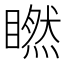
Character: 𥊶